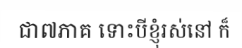
ជា៧ភាគ ទោះបីខ្ញុំរស់នៅ ក៏